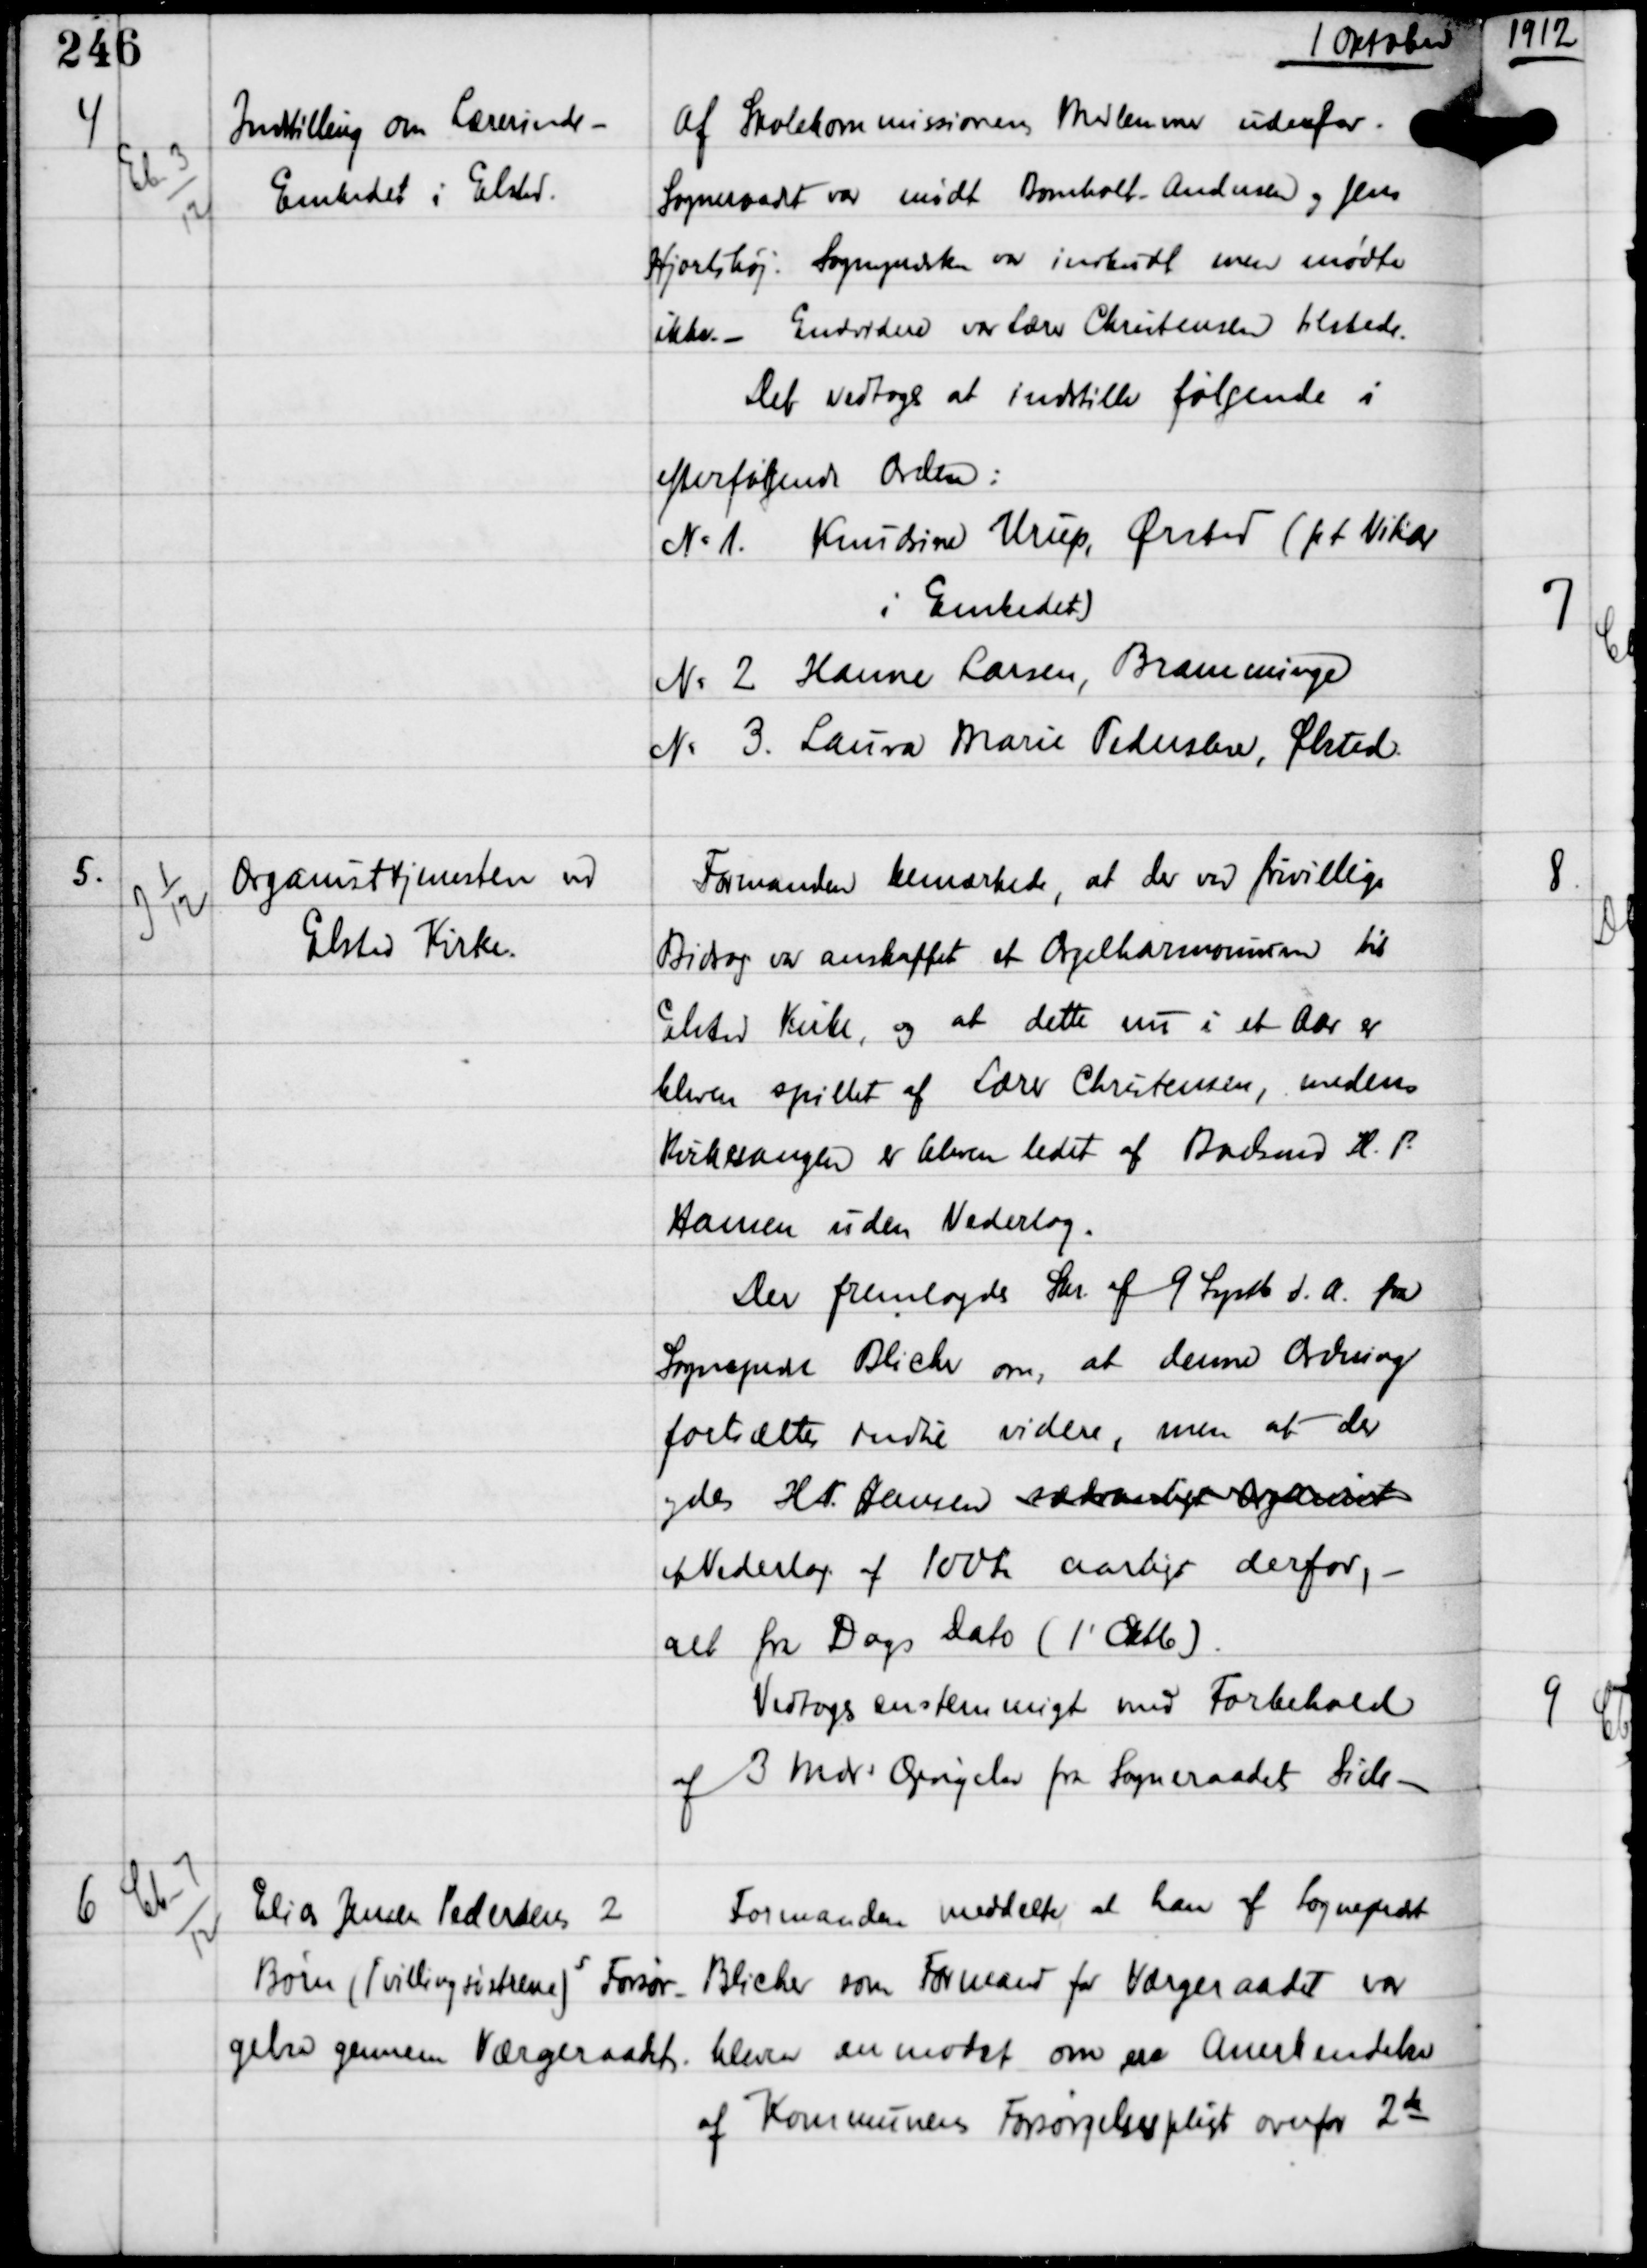
Transskription:
1 Oktober

4

Eb-3
12

Indstilling om Lærerinde-
Embedet i Elsted.

af Skolekommissionens Medlemmer udenfor
Sogneraadet var mødt Bomholt Andersen og Jens
Hjortshøj. Sognepræsten var indbudt men mødte
ikke. - Endvidere var Lærer Christensen tilstede.
Det vedtoges at indstille følgende i
efterfølgende Orden:
N.1 Kundrine Urup, Ørsted (pt Vikar
i Embedet)
N.2 Hanne Larsen, Bramminge
N.3 Laura Marie Pedersen, Ølsted.

5.

J 1
12

Organisttjenesten ved
Elsted Kirke.

Formanden bemærkede, at der ved frivillige
Bidrag var anskaffet et Orgelharmonium til
Elsted Kirke, og at dette nu i et Aar er
bleven spillet af Lærer Christensen, medens
Kirkesangen er bleven ledet af Boelsmand H.P.
Hansen uden Vederlag.
Der fremlagdes Skr af 9 Septb d.A. fra
Sognepræst Blicher om, at denne Ordning
fortsætter indtil videre, men at der
ydes H.P Hansen sædvanligt Organist
et Vederlag af 100 Kr aarligt derfor, -
alt fra Dags Dato (1' Oktb)
Vedtoges enstemmigt med Forbehold
af 3 mdrs Opgørelser fra Sogneraadets Side. -

6

Cb-7
12

Elias Jensen Pedersens 2
Børn (Tvillingsøstrene)s Forsør-
gelse gennem Værgeraadet.

Formanden meddelte, at han af Sognepræst
Blicher som Formand for Værgeraadet var
bleven anmodet om en Anerkendelse
af Kommunens Forsørgelsespligt overfor 2de